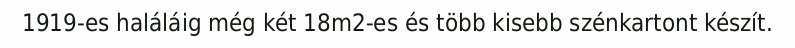
1919-es haláláig még két 18m2-es és több kisebb szénkartont készít.